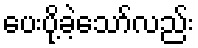
ပေးပို့ခဲ့သော်လည်း